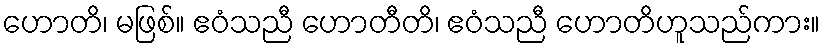
ဟောတိ၊ မဖြစ်။ ဧဝံသညီ ဟောတီတိ၊ ဧဝံသညီ ဟောတိဟူသည်ကား။